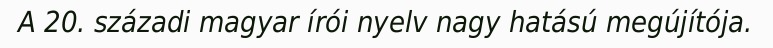
A 20. századi magyar írói nyelv nagy hatású megújítója.